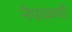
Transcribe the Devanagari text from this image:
नेपाळाची